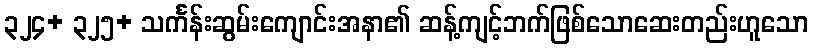
၃၂၄+ ၃၂၅+ သင်္ကန်းဆွမ်းကျောင်းအနာ၏ ဆန့်ကျင့်ဘက်ဖြစ်သောဆေးတည်းဟူသော